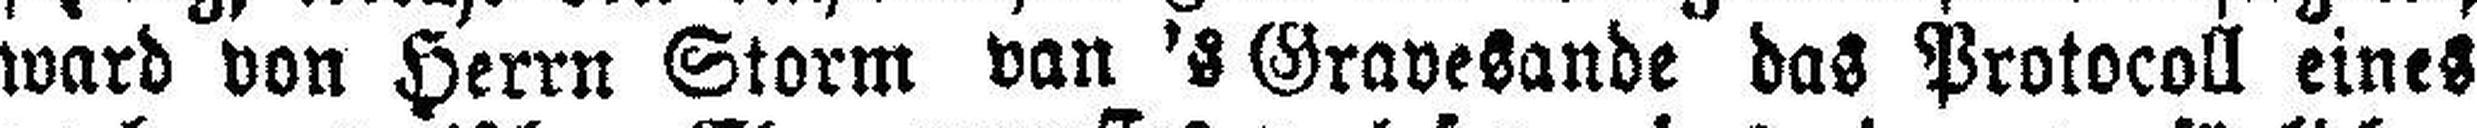
ward von Herrn Storm van 's Gravesande das Protocoll eines